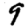
Digit: 9